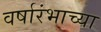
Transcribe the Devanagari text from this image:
वर्षारंभाच्या